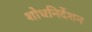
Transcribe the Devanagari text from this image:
शोधनिर्देशन